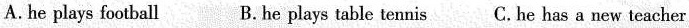
A.he plays football B.he plays table tennis C.he has a new teacher